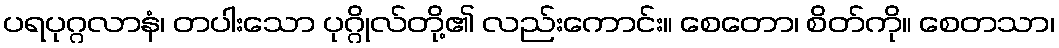
ပရပုဂ္ဂလာနံ၊ တပါးသော ပုဂ္ဂိုလ်တို့၏ လည်းကောင်း။ စေတော၊ စိတ်ကို။ စေတသာ၊